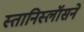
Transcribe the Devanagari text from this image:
स्तानिस्लॉसने